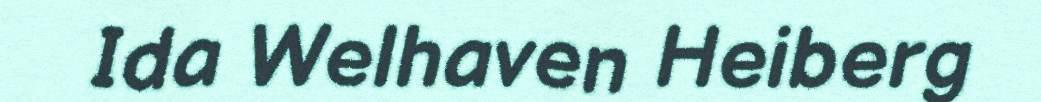
Ida Welhaven Heiberg